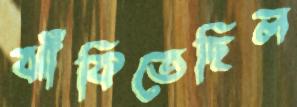
ঝাঁকিতেছিল